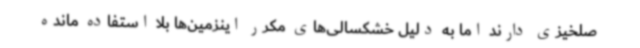
صلخیزی دارند اما به دلیل خشکسالی‌های مکرر اینزمین‌ها بلا استفاده مانده